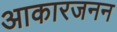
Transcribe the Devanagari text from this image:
आकारजनन